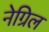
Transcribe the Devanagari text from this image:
नेग्रिल